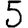
Digit: 5